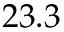
2 3 . 3